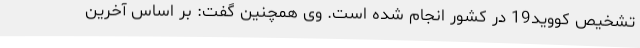
تشخیص کووید19 در کشور انجام شده است. وی همچنین گفت: بر اساس آخرین